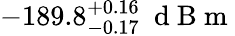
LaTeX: -189.8_{-0.17}^{+0.16}\ \mathrm{~d~B~m~}